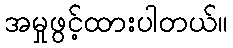
အမှုဖွင့်ထားပါတယ်။